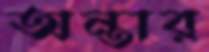
অন্তার